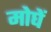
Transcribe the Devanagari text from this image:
मोघें